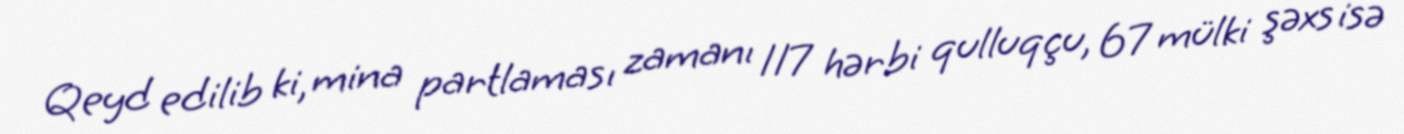
Qeyd edilib ki, mina partlaması zamanı 117 hərbi qulluqçu, 67 mülki şəxs isə